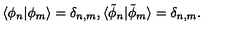
\langle \phi _ { n } | \phi _ { m } \rangle = \delta _ { n , m } , \langle { \tilde { \phi } } _ { n } | { \tilde { \phi } } _ { m } \rangle = \delta _ { n , m } .